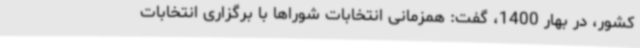
کشور، در بهار 1400، گفت: همزمانی انتخابات شوراها با برگزاری انتخابات